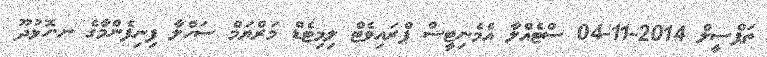
ތަފްސީލް 2014-11-04 ސްޓެއްލާ އެމެނިޓީސް ޕްރައިވެޓް ލިމިޓެޑް މަރްޔަމް ސަހްލާ ފިނިފެންމާގެ ނ.ހޮޅުދޫ